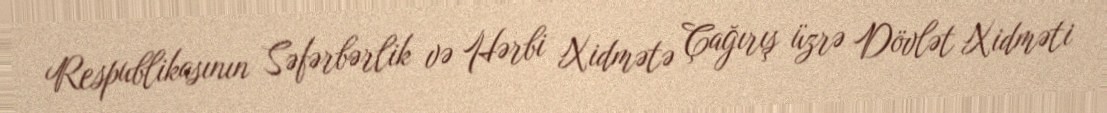
Respublikasının Səfərbərlik və Hərbi Xidmətə Çağırış üzrə Dövlət Xidməti